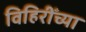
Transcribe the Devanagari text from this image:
विहिरीँच्या